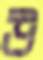
উ